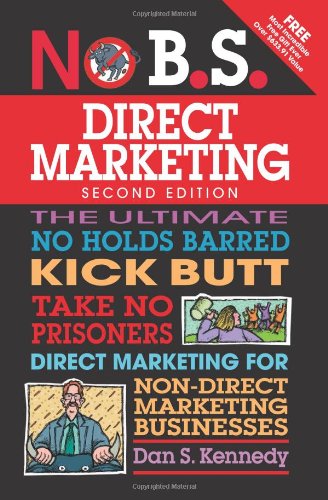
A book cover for No B.S. Direct Marketing: The Ultimate No Holds Barred Kick Butt Take No Prisoners Direct Marketing for Non-Direct Marketing Businesses; Dan S. Kennedy; Business & Money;